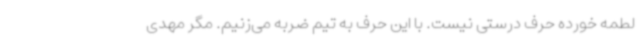
لطمه خورده حرف درستی نیست. با این حرف به تیم ضربه می‌زنیم. مگر مهدی